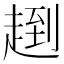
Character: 𧼤